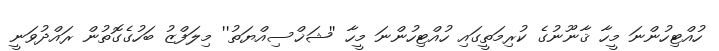
ހުއްޓިހުންނަ މީހާ ޤާނޫނުގެ ކުރިމަތީގައި ހުއްޓިހުންނަ މީހާ ''ޝަޚްސިއްޔަތު'' މިލަފްޒު ބަހުގެގޮތުން ރައްދުވަނީ